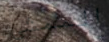
الممشى